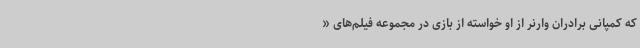
که کمپانی برادران وارنر از او خواسته از بازی در مجموعه فیلم‌های «